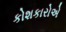
કોશકારોએ